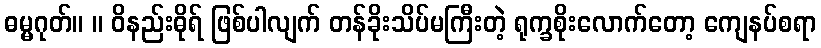
ဓမ္မဂုတ်။ ။ ဝိနည်းဓိုရ် ဖြစ်ပါလျက် တန်ခိုးသိပ်မကြီးတဲ့ ရုက္ခစိုးလောက်တော့ ကျေနပ်စရာ